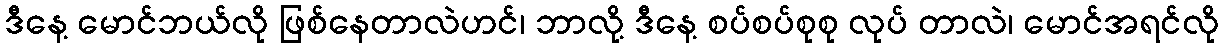
ဒီနေ့ မောင်ဘယ်လို ဖြစ်နေတာလဲဟင်၊ ဘာလို့ ဒီနေ့ စပ်စပ်စုစု လုပ် တာလဲ၊ မောင်အရင်လို